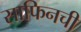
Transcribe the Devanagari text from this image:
साफिनची